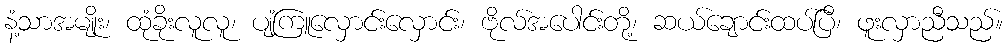
နံ့သာအမျိုး၊ ထုံခိုးလူလူ၊ ပျံ့ကြူလှောင်းလှောင်း၊ ဗိုလ်အပေါင်းတို့၊ ဆယ်ချောင်းထပ်ပြီ၊ ဖူးလှာညီသည်။